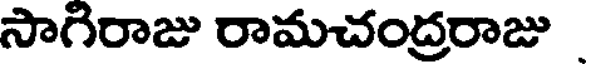
సాగిరాజు రామచంద్రరాజు